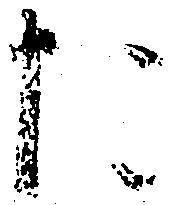
た